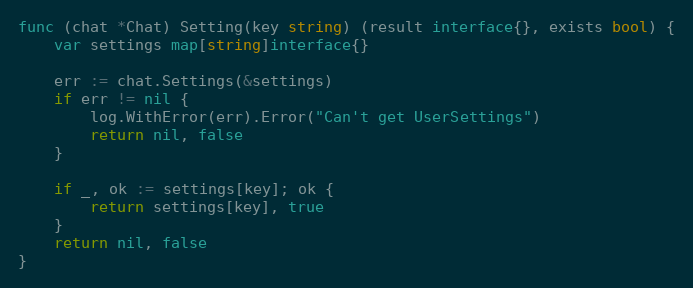
Language: Go
func (chat *Chat) Setting(key string) (result interface{}, exists bool) {
	var settings map[string]interface{}

	err := chat.Settings(&settings)
	if err != nil {
		log.WithError(err).Error("Can't get UserSettings")
		return nil, false
	}

	if _, ok := settings[key]; ok {
		return settings[key], true
	}
	return nil, false
}